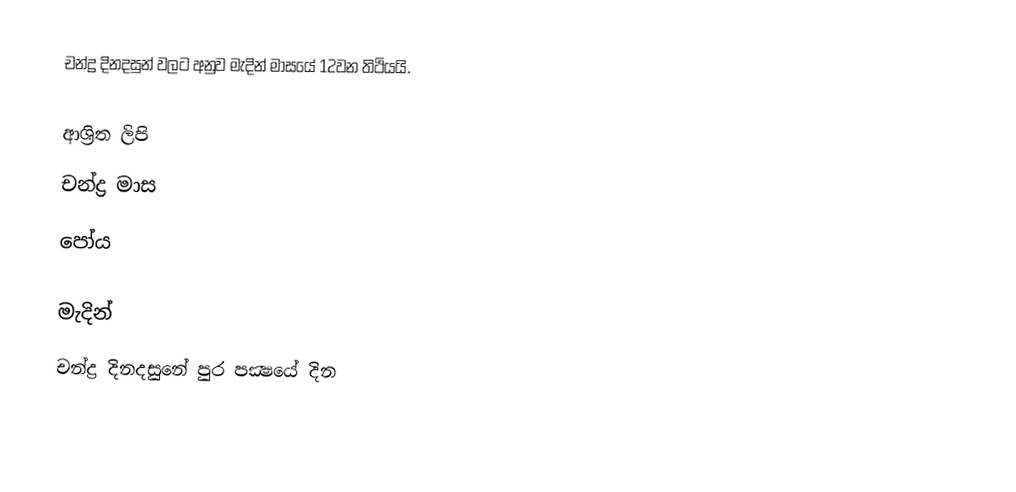
චන්ද්‍ර දිනදසුන් වලට අනුව මැදින් මාසයේ 12වන තිථියයි.

ආශ්‍රිත ලිපි
 චන්ද්‍ර මාස
 පෝය

මැදින්
චන්ද්‍ර දිනදසුනේ පුර පක්‍ෂයේ දින